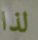
لذا